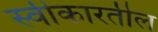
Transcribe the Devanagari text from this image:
स्वीकारतील